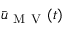
\bar { \b u } _ { \mathrm { ~ M ~ V ~ } } ( t )